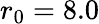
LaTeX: r_{0}=8.0